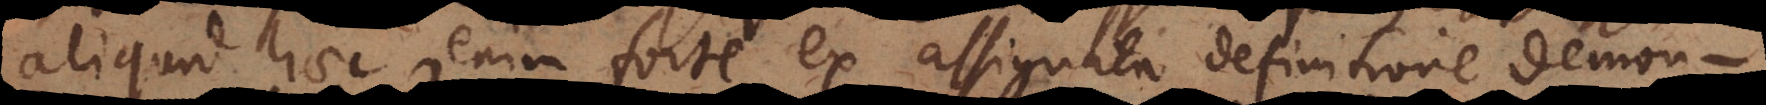
aliquid, haec enim forte ex assignata definitione demonst